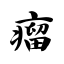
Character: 瘤